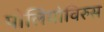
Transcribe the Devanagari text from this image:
पोलियोविरुस